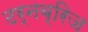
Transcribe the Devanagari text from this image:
टर्नब्रिज